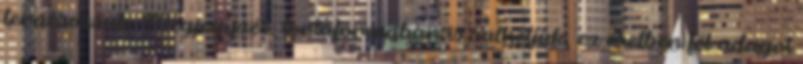
lerácsozzuk. Megjegyzés: tortaformában is süthetjük, ez esetben fél adagot